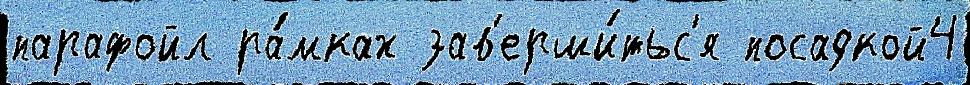
парафойл ра́мках зав'ерши́тьс'я посадкой4